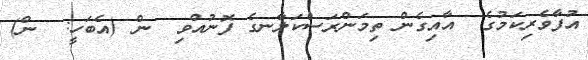
އުފާވެރިކަމުގެ  އާއިގެން ތިމަންރަސްކަލާނގެ ފޮނުއްވި  ން (އެބަހީ:  ން)